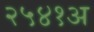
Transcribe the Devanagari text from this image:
२५४१अ